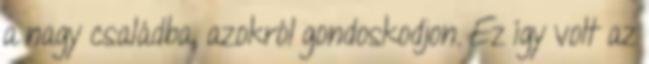
a nagy családba, azokról gondoskodjon. Ez így volt az